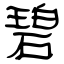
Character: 碧